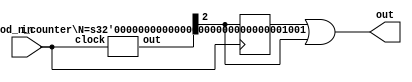
module Frequency_divider(input in, output reg out);
	parameter N = 9;
	wire [$clog2(N)-1:0] q;
	reg q_ff;
	
	mod_n_counter #(.N(N)) m1(.clock(in), .out(q));
	
	always@(negedge in) begin
		q_ff <= q[2];
	end
	
	always@(q[2] or q_ff) begin
		#0 out <= q_ff | q[2];
	end
endmodule

module mod_n_counter #(parameter N = 9) (input clock, output reg [$clog2(N)-1:0] out);
	integer count = 0;
	initial out = -1;
	
	always@(posedge clock) begin
		if(count==N) begin
				out <= 0;
				count <= 1;
		end
		else begin
			out <= out + 1;
			count <= count +1;
		end
	end
endmodule